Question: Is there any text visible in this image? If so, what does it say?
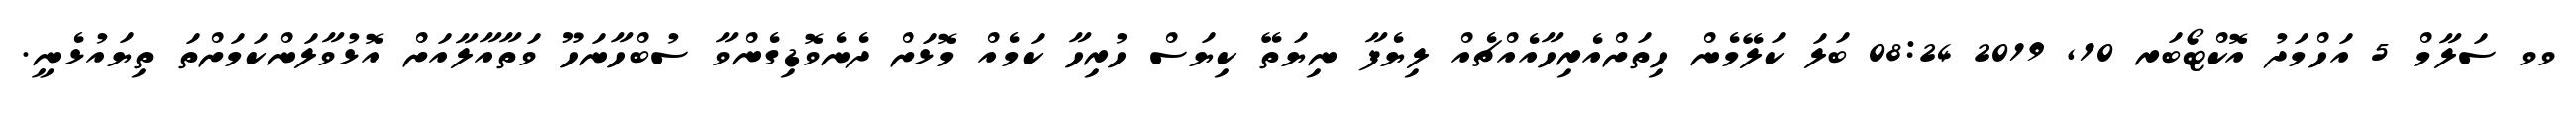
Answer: ވވ ސަލާމް 5 އަހްމަދު އޮކްޓޯބަރ 10, 2019 08:24 ބަލަ ކަލޭމެން ހިތަށްއެރިހާއެއްޗެއް ލިޔެފާ ނިޔަތޭ ކިޔަސް ހުރިހާ ކަމެއް މޮޅަށް ދެނެވޮޑިގެންވާ ސުބްހާނަހޫ ވަތާއާލާއަށް އޮޅުވާލަންކަމަށްތަ ތިޔައުޅެނީ.